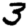
Digit: 3